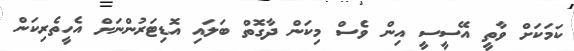
ކަމަކަށް ވާތީ އޭސީސީ އިން ވެސް މިކަން ދާގޮތް ބަލައި އޮޑިޓަރުންނަށް އެހީތެރިކަން